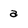
Character: a